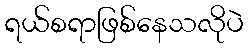
ရယ်စရာဖြစ်နေသလိုပဲ